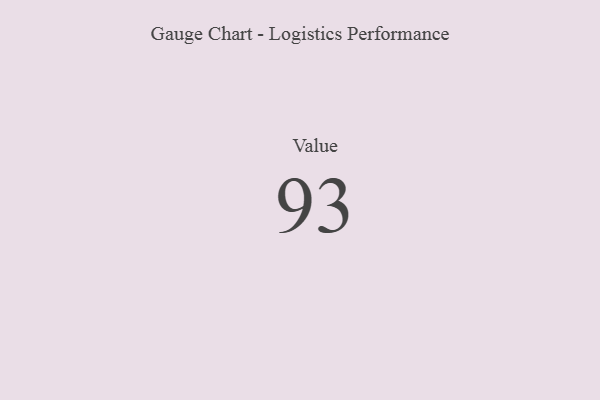
{"axis": {"x": "Metric", "y": "Value"}, "legend": [""], "data": [{"x": "Value", "y": 93, "type": ""}]}